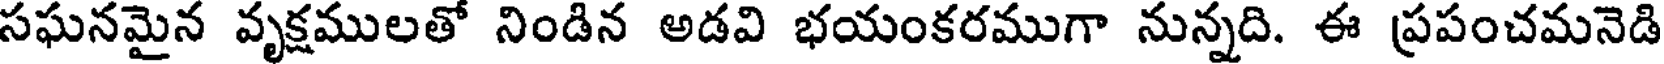
సఘనమైన వృక్షములతో నిండిన అడవి భయంకరముగా నున్నది. ఈ ప్రపంచమనెడి